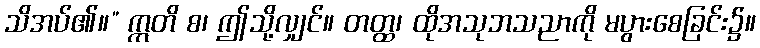
သိအပ်၏။” ဣတိ စ၊ ဤသို့လျှင်။ တတ္ထ၊ ထိုအသုဘသညာကို မပွားစေခြင်း၌။